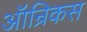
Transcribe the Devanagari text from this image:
ऑन्रिकस